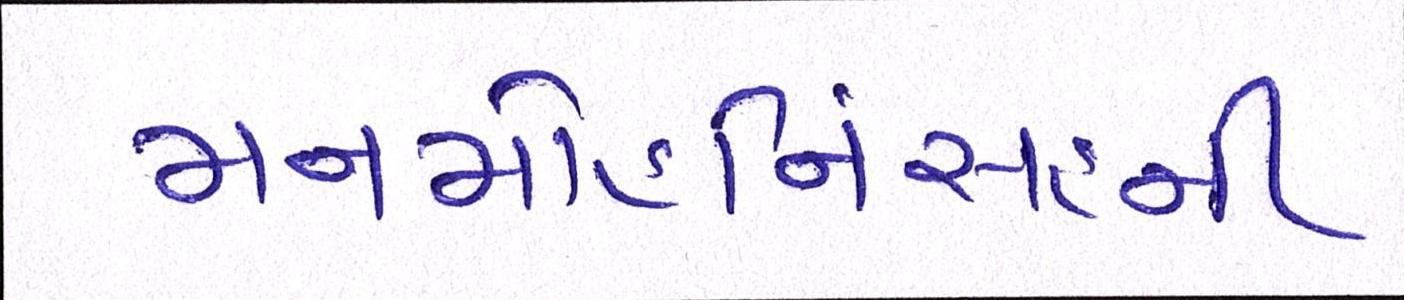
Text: મનમોહનિંસહની